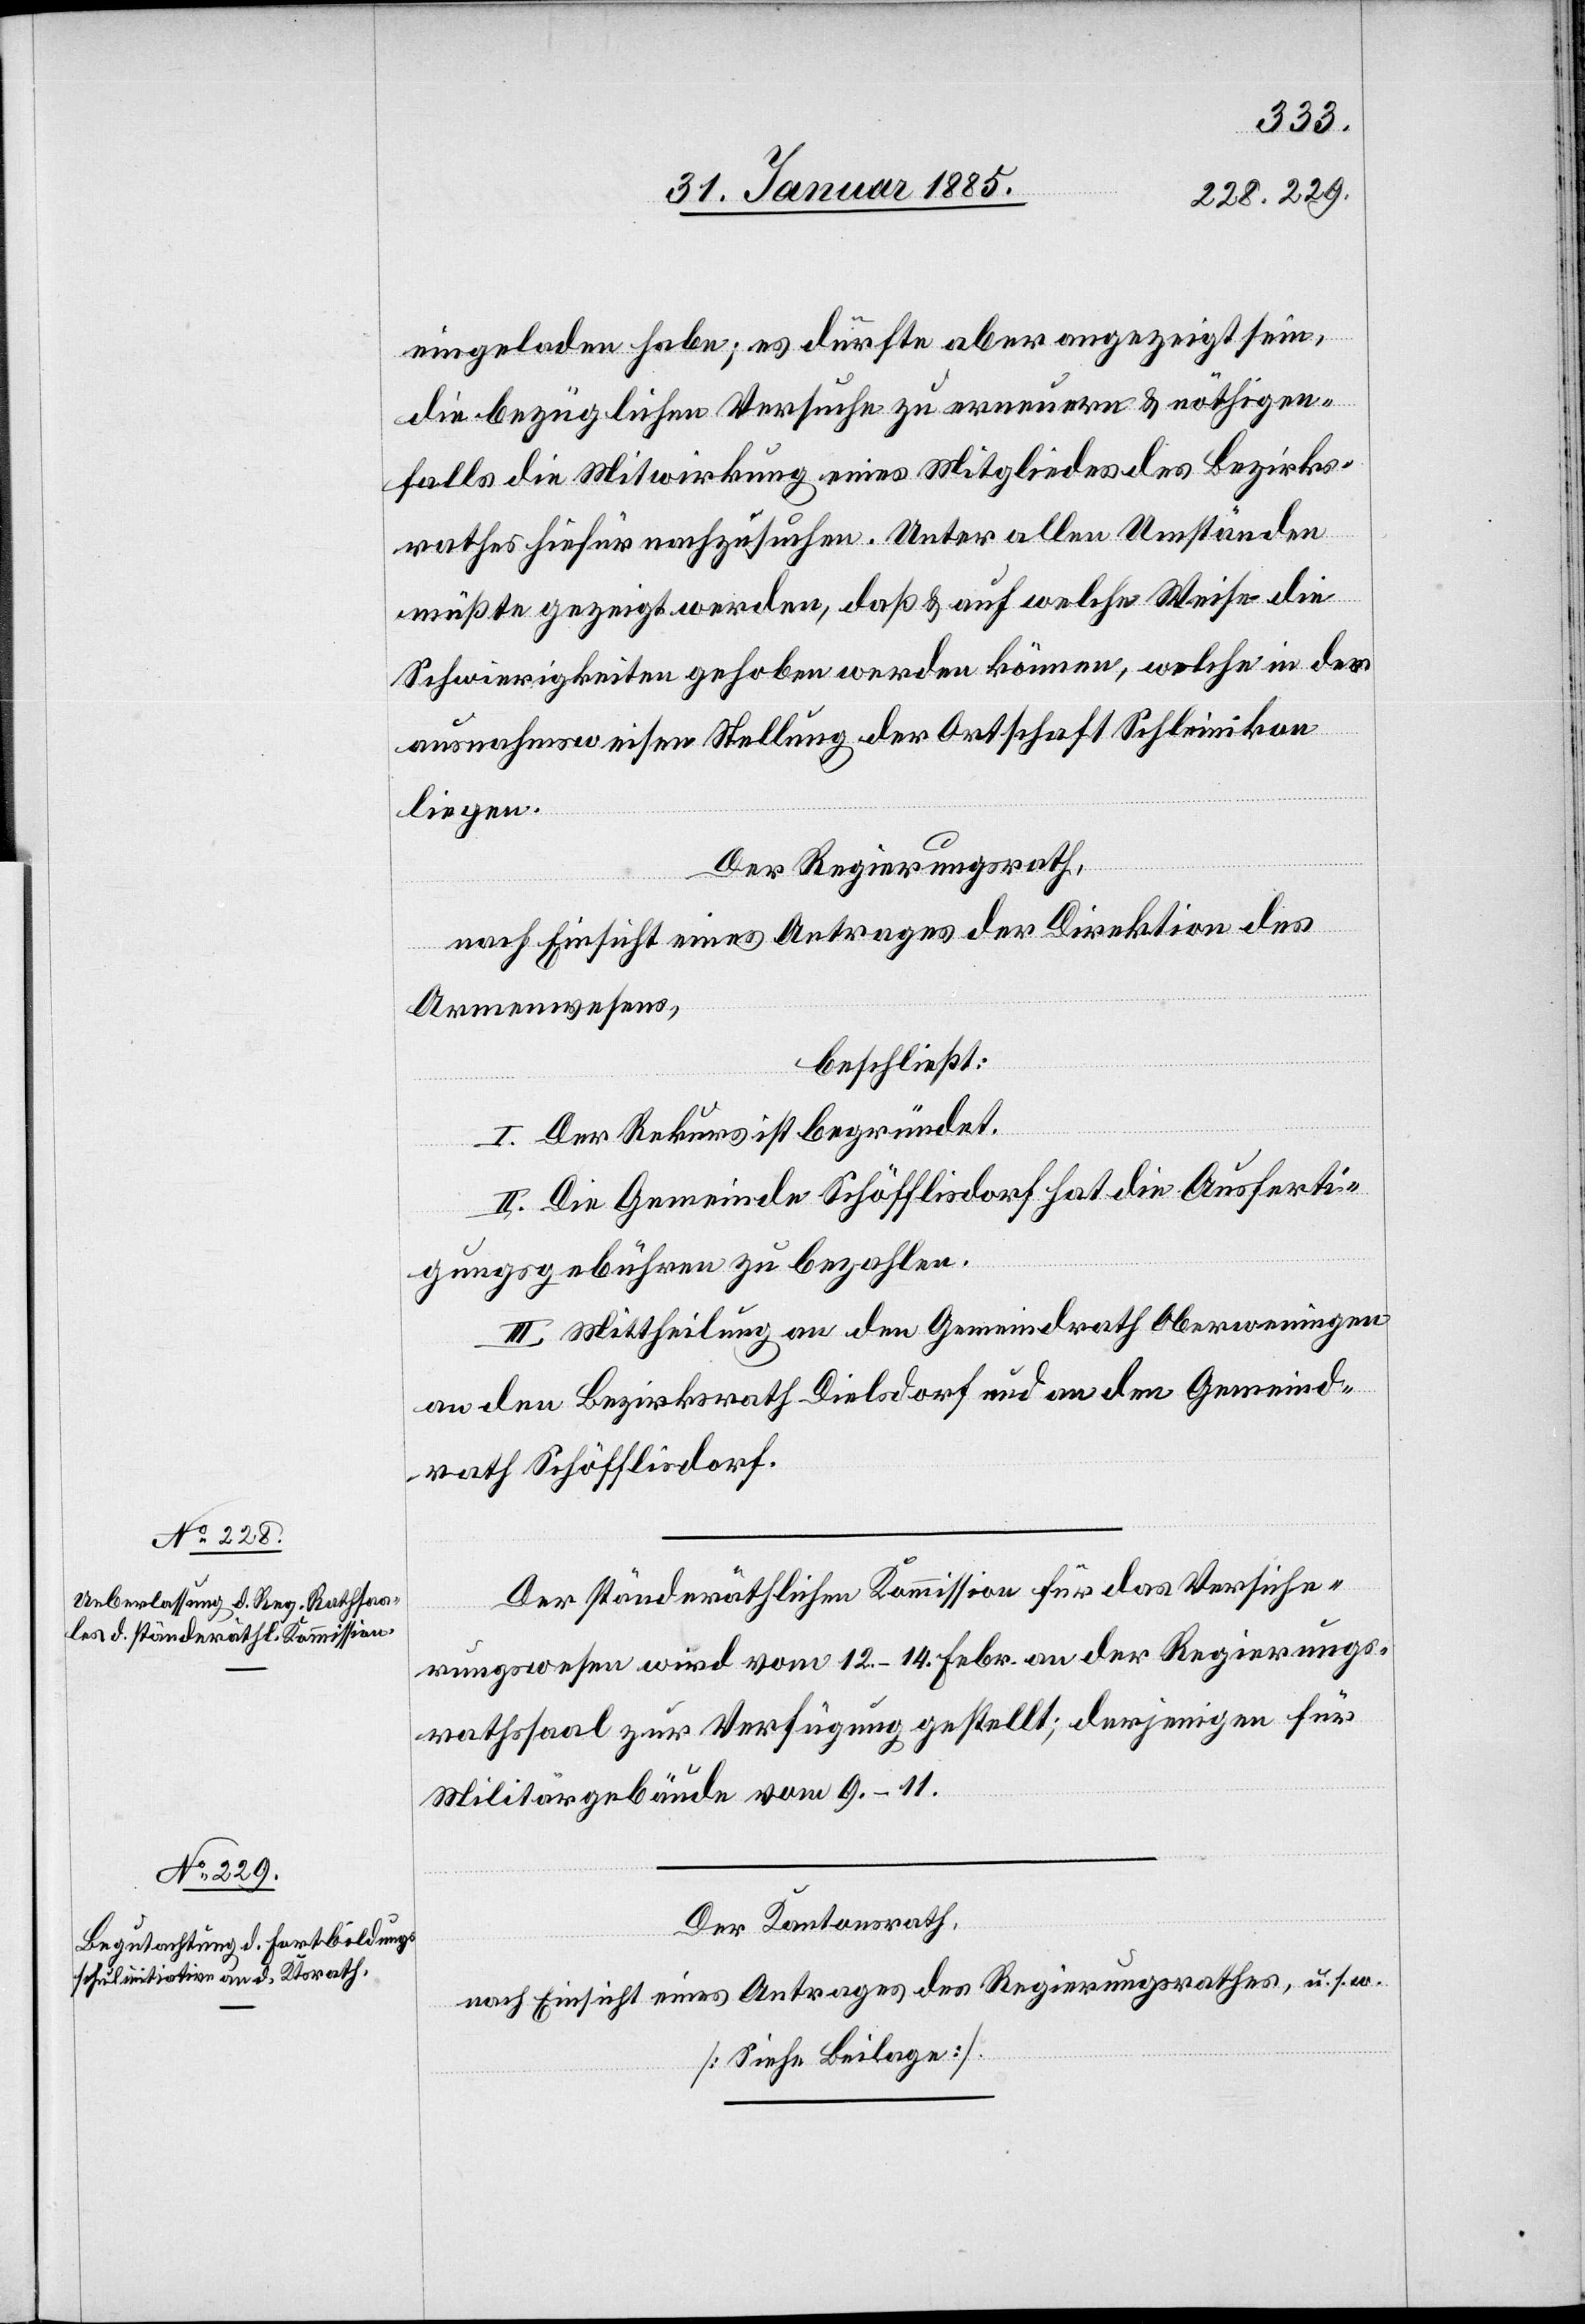
eingeladen habe; es dürfte aber angezeigt sein,
die bezüglichen Versucht zu erneuern & nöthigen¬
falls die Mitwirkung eines Mitgliedes des Bezirks¬
rathes hiefür nachzusuchen. Unter allen Umständen
müßte gezeigt werden, daß & auf welche Weise die
Schwierigkeiten gehoben werden können, welche in der
ausnahmsweisen Stellung der Ortschaft Schleinikon
liegen.
Der Regierungsrath,
nach Einsicht eines Antrages der Direktion des
Armenwesens,
beschließt:
I. Der Rekurs ist begründet.
II. Die Gemeinde Schöfflisdorf hat die Ausferti¬
gungsgebühren zu bezahlen.
III. Mittheilung an den Gemeindrath Oberweningen
an den Bezirksrath Dielsdorf und an den Gemeind¬
rath Schöfflisdorf.
Der ständeräthlichen Kommission für das Versiche¬
rungswesen wird vom 12.–14. Febr. an der Regierungs¬
rathssaal zur Verfügung gestellt; derjenigen für
Militärgebäude vom 9.–11.
Der Kantonsrath,
nach Einsicht eines Antrages des Regierungsrathes, u. s. w.
[Siehe Beilage].